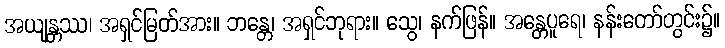
အယျန္တဿ၊ အရှင်မြတ်အား။ ဘန္တေ၊ အရှင်ဘုရား။ သွေ၊ နက်ဖြန်။ အန္တေပူရေ၊ နန်းတော်တွင်း၌။